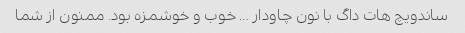
ساندویچ هات داگ با نون چاودار … خوب و خوشمزه بود. ممنون از شما